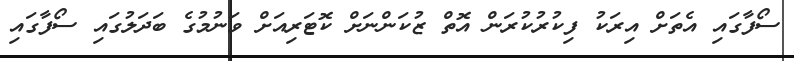
ސޯފާގައި އެތަށް އިރަކު ފިކުރުކުރަން އޮތް ޒުކަންނަށް ކޮޓަރިއަށް ވަނުމުގެ ބަދަލުގައި ސޯފާގައި